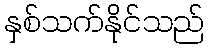
နှစ်သက်နိုင်သည်